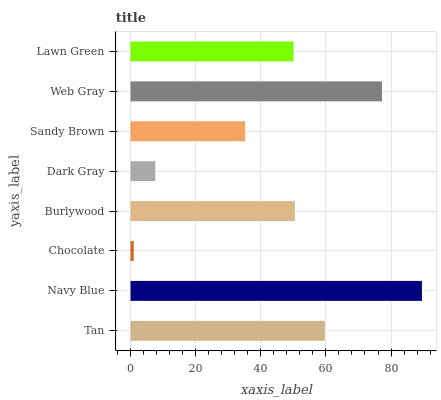
| yaxis_label | bars |
 | --- | --- |
 | Tan | 59.7 |
 | Navy Blue | 89.5 |
 | Chocolate | 0.983 |
 | Burlywood | 50.5 |
 | Dark Gray | 7.6 |
 | Sandy Brown | 35.2 |
 | Web Gray | 77.2 |
 | Lawn Green | 50.1 |